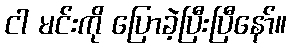
ငါ မင်းကို ပြောခဲ့ပြီးပြီနော်။